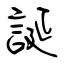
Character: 誕